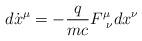
LaTeX: \begin{align*}d\dot{x}^{\mu}=-\frac{q}{mc}F^{\mu}_{\,\,\,\nu}d{x}^{\nu}\end{align*}